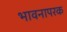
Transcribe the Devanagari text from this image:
भावनापरक